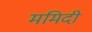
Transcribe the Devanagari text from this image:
ममिदी